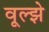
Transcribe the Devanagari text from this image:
वूल्झे